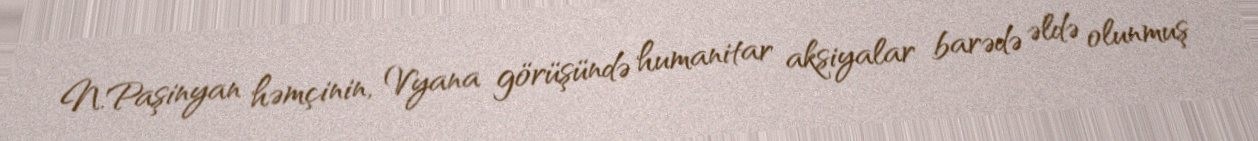
N.Paşinyan həmçinin, Vyana görüşündə humanitar aksiyalar barədə əldə olunmuş